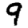
Digit: 9